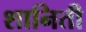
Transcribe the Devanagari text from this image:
शानिती